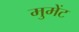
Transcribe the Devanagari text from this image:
मुमेंट